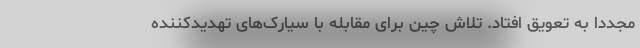
مجددا به تعویق افتاد. تلاش چین برای مقابله با سیارک‌های تهدیدکننده